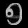
Digit: ၅